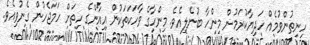
ހިނިތުންވުމެއް ހަދިޔާކުރަމުން މިންހާ ބުނެލިއެވެ. މިންހާގެ ވާހަކަތަކުން އިއާންގެ ހިތަށް ހަމަޖެހުން ގެނުވިއެވެ.